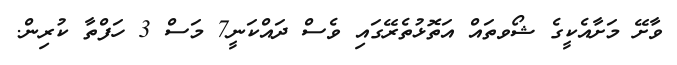
ވާށޭ މަށާއެކީގެ ޝޯވތައް އަތޮޅުތެރޭގައި ވެސް ދައްކަނީ7 މަސް 3 ހަފްތާ ކުރިން.